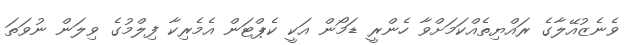
ވެނެޒުއޭލާގެ ރައްޔިތެއްކަމަށްވާ ހެންރީ ޑަމޯން އަކީ ކެޕްޓަން އެމެރިކާ ފިލްމުގެ ވިލަން ނުވަތަ